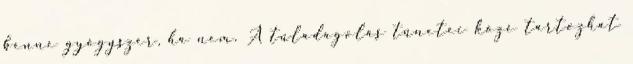
benne gyógyszer, ha nem. A túladagolás tünetei közé tartozhat